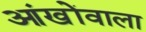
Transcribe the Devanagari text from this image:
आंखोंवाला